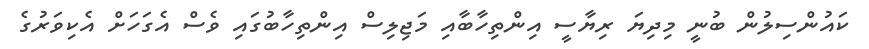
ކައުންސިލުން ބުނީ މިދިޔަ ރިޔާސީ އިންތިހާބާއި މަޖިލިސް އިންތިހާބުގައި ވެސް އެގަހަށް އެކިވަރުގެ